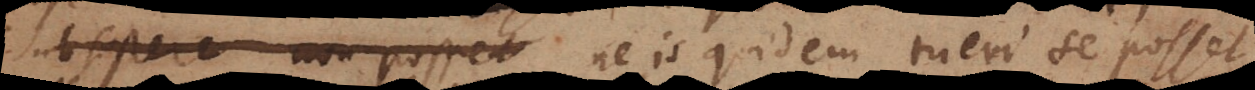
subsistere non posset ne is quidem tueri se posset,